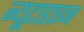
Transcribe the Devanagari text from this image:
न्यूटाडाइन